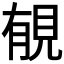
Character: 𧠶